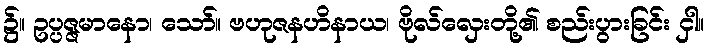
၌။ ဥပ္ပဇ္ဇမာနော၊ သော်။ ဗဟုဇနဟိနာယ၊ ဗိုလ်လှေးတို့၏ စည်းပွားခြင်း ငှါ။